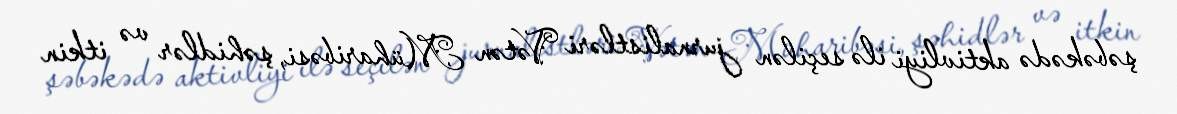
şəbəkədə aktivliyi ilə seçilən jurnalistləri Vətən Müharibəsi, şəhidlər və itkin